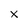
Character: x